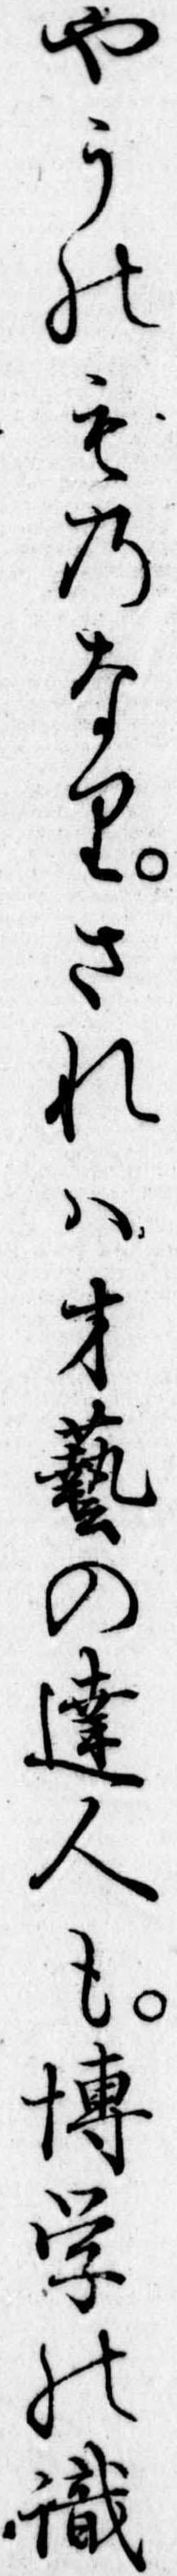
やうのものなりされは才芸の達人も博学の識